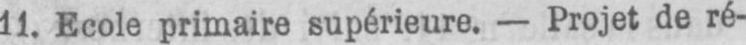
11. Ecole primaire supérieure. - Projet de ré-